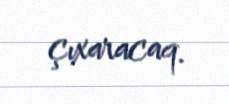
çıxaracaq.